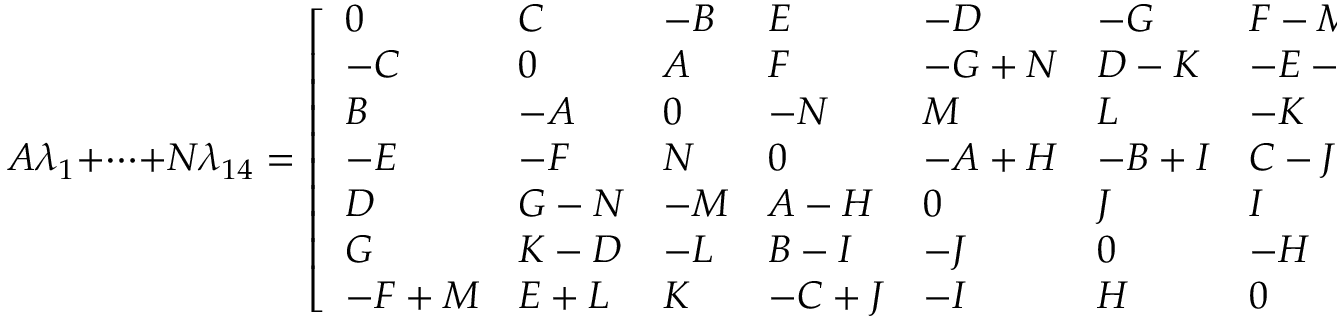
A \lambda _ { 1 } + \cdots + N \lambda _ { 1 4 } = { \left[ \begin{array} { l l l l l l l } { 0 } & { C } & { - B } & { E } & { - D } & { - G } & { F - M } \\ { - C } & { 0 } & { A } & { F } & { - G + N } & { D - K } & { - E - L } \\ { B } & { - A } & { 0 } & { - N } & { M } & { L } & { - K } \\ { - E } & { - F } & { N } & { 0 } & { - A + H } & { - B + I } & { C - J } \\ { D } & { G - N } & { - M } & { A - H } & { 0 } & { J } & { I } \\ { G } & { K - D } & { - L } & { B - I } & { - J } & { 0 } & { - H } \\ { - F + M } & { E + L } & { K } & { - C + J } & { - I } & { H } & { 0 } \end{array} \right] }